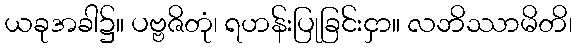
ယခုအခါ၌။ ပဗ္ဗဇိတုံ၊ ရဟန်းပြုခြင်းငှာ။ လဘိဿာမိတိ၊